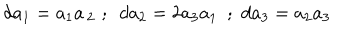
LaTeX: d a _ { 1 } = a _ { 1 } a \, _ { 2 } \, \, ; \, \, \, d a _ { 2 } = 2 a _ { 3 } a _ { 1 } \, \, \, ; \, \, d a _ { 3 } = a _ { 2 } a _ { 3 }